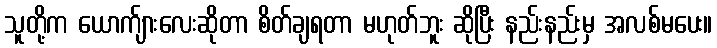
သူတို့က ယောက်ျားလေးဆိုတာ စိတ်ချရတာ မဟုတ်ဘူး ဆိုပြီး နည်းနည်းမှ အလစ်မပေး။